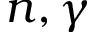
n , \gamma